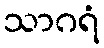
သာဂရံ